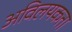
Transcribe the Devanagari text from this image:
अविलयकता